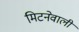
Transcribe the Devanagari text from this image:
मिटनेवाली